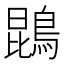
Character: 鵾